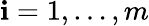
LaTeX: \mathbf{i}=1,\ldots,m